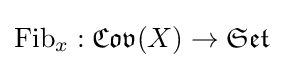
{\text{Fib}}_{x}:{\mathfrak {Cov}}(X)\to {\mathfrak {Set}}